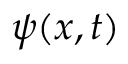
\psi ( x , t )